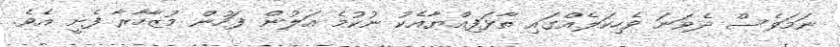
ނަމަވެސް ދެވަނަ ވެހިކަލެއްގައި ތާޅަފިއްޔާއެކު ނުކުމެ އަލުން ފަހުން މުޒާހާރާ ފެށީ އެވެ.